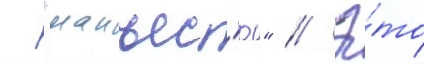
- "манъес'ю" // Э́то